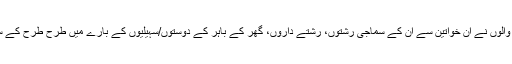
تحقیق کرنے والوں نے ان خواتین سے ان کے سماجی رشتوں، رشتے داروں، گھر کے باہر کے دوستوں/سہیلیوں کے بارے میں طرح طرح کے سوالات کیے۔